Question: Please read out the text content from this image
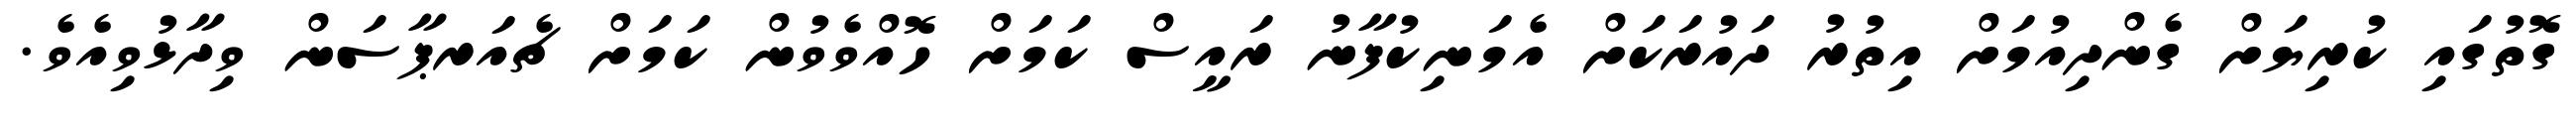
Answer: ގޮތުގައި ކުރިޔަށް ގެންދިއުމަށް އިތުރު ދައުރަކަށް އެމަނިކުފާނު ރައީސް ކަމަށް ހޮއްވެވުން ކަމަށް ޗެއަރޕާސަން ވިދާޅުވިއެވެ.